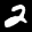
Label: 2